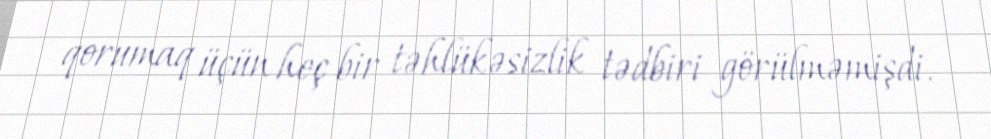
qorumaq üçün heç bir təhlükəsizlik tədbiri görülməmişdi.